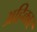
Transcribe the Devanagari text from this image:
अहिकार